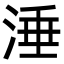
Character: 涶